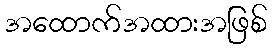
အထောက်အထားအဖြစ်